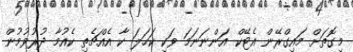
މިގޮތަށް މައިގްރޭން އެޓޭކް އަންނަނަމަ ވަކި ކަހަލަ ކާ އެއްޗެތި ކެއުމާ ދުރުވުމުން